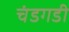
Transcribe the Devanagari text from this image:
चंडगडी